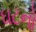
ઘટનો